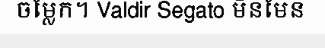
ចម្លែក។ Valdir Segato មិនមែន